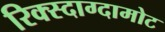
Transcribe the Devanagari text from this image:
रिक्स्दाग्दामोट